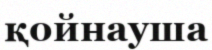
қойнауша